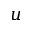
u